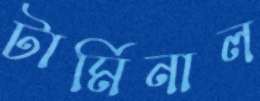
টার্মিনাল